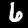
Label: 6